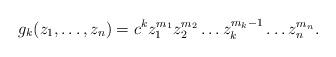
LaTeX: \begin{align*}g_k(z_1,\dots ,z_n)=c^k z_{1}^{m_1}z_2 ^{m_2}\dots z_{k}^{m_k -1}\dots z_n^{m_n} .\end{align*}